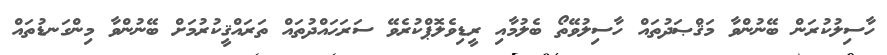
ހާސިލުކުރަން ބޭނުންވާ މަޤްޞަދުތައް ހާސިލުވޭތޯ ބެލުމާއި ރީޑިވެލޮޕްކުރެވޭ ސަރަޙައްދުތައް ތަރައްޤީކުރުމަށް ބޭނުންވާ މިންގަނޑުތައް